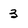
Character: 3